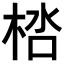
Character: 𣒩